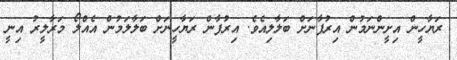
ރަޔާހީން އިށީންނަމުން އިރުފާނަށް ބަލާލިއެވެ. އިރުފާން ރަޔާހީނަށް ބަލާލަމުން އެއްލޯ މަރާލީރު އިނީ